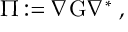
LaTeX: \Pi : = \nabla \mathrm { G } \nabla ^ { \ast } \; ,